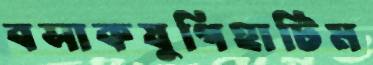
বসাকযুগিহাটিম